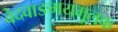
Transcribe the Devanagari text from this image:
वेदवाङमयमूलक